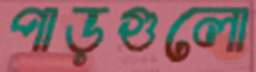
পাড়গুলো